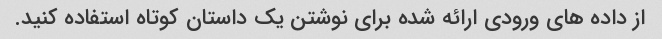
از داده های ورودی ارائه شده برای نوشتن یک داستان کوتاه استفاده کنید.